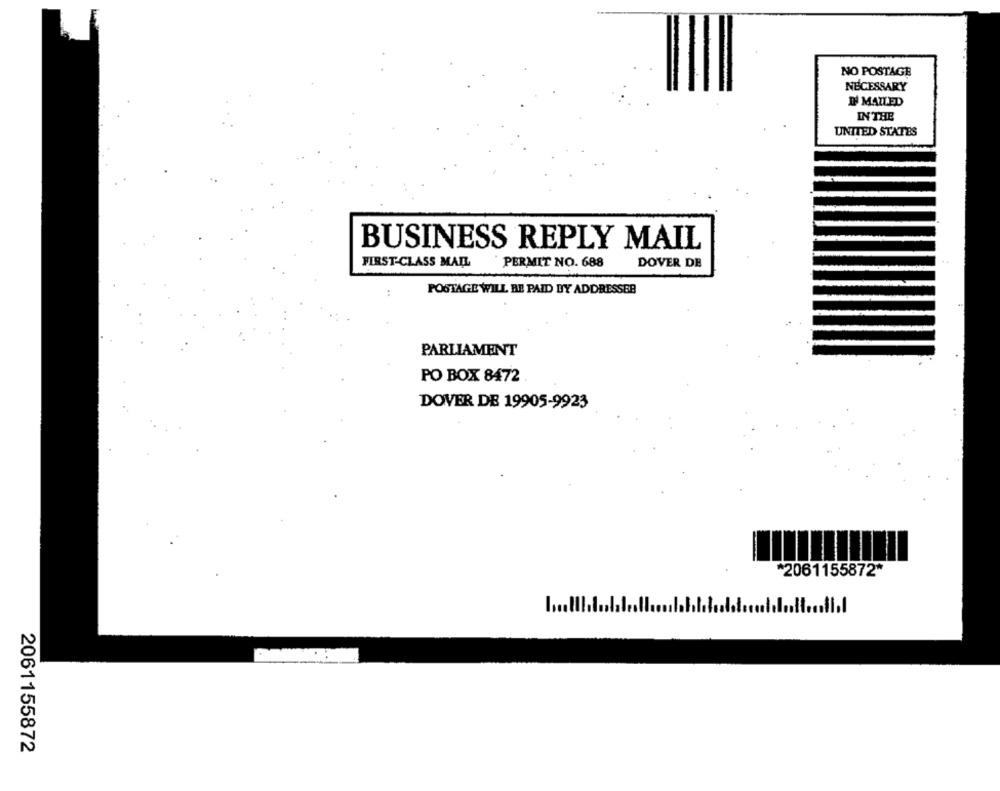
NO POSTAGE
NECESSARY
IN MAILED
IN THE
UNITED STATES
BUSINESS REPLY MAIL
FIRST-CLASS MAIL
PERMIT NO. 688
DOVER DE
:
POSTAGE WILL BE PAID DY ADDRESSEB
PARLIAMENT
PO BOX 8472
DOVER DE 19905-9923
*2061155872*
1.1
2061155872